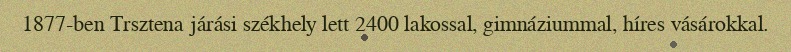
1877-ben Trsztena járási székhely lett 2400 lakossal, gimnáziummal, híres vásárokkal.